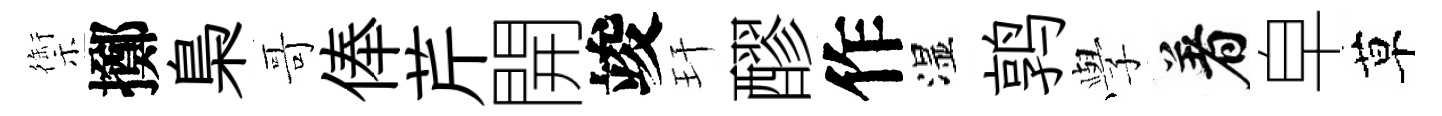
禦擲梟哥俸芹開竣玕醪作湿鹑𫝯着皁草